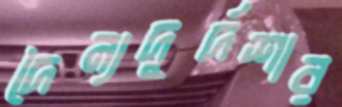
দৈন্যদুর্দশার